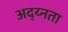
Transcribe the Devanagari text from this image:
अद्य्नता